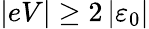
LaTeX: \vert eV\vert\geq 2\left\vert\varepsilon_{0}\right\vert